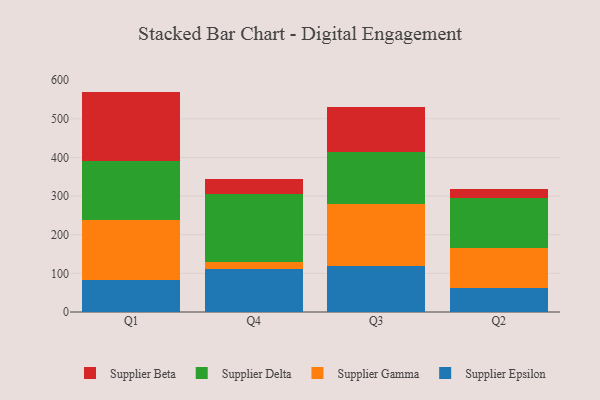
{"axis": {"x": "Quarter", "y": "Churn Rate (%)"}, "legend": ["Supplier Beta", "Supplier Delta", "Supplier Epsilon", "Supplier Gamma"], "data": [{"x": "Q1", "y": 83.0, "type": "Supplier Epsilon"}, {"x": "Q1", "y": 155.5, "type": "Supplier Gamma"}, {"x": "Q1", "y": 152.7, "type": "Supplier Delta"}, {"x": "Q1", "y": 179.3, "type": "Supplier Beta"}, {"x": "Q4", "y": 110.2, "type": "Supplier Epsilon"}, {"x": "Q4", "y": 19.2, "type": "Supplier Gamma"}, {"x": "Q4", "y": 176.3, "type": "Supplier Delta"}, {"x": "Q4", "y": 38.4, "type": "Supplier Beta"}, {"x": "Q3", "y": 119.5, "type": "Supplier Epsilon"}, {"x": "Q3", "y": 159.2, "type": "Supplier Gamma"}, {"x": "Q3", "y": 135.6, "type": "Supplier Delta"}, {"x": "Q3", "y": 116.3, "type": "Supplier Beta"}, {"x": "Q2", "y": 61.6, "type": "Supplier Epsilon"}, {"x": "Q2", "y": 104.4, "type": "Supplier Gamma"}, {"x": "Q2", "y": 129.3, "type": "Supplier Delta"}, {"x": "Q2", "y": 24.1, "type": "Supplier Beta"}]}